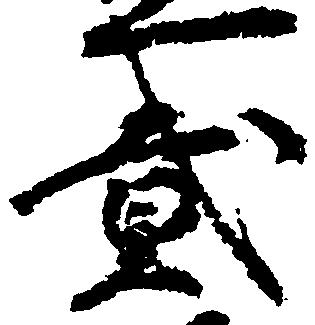
弐